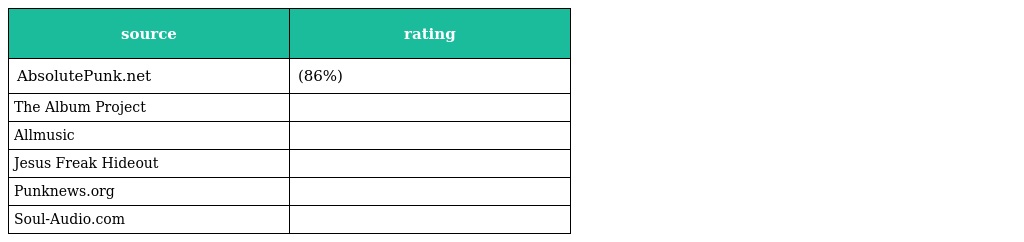
| source | rating |
 | --- | --- |
 | AbsolutePunk.net | (86%) |
 | The Album Project |  |
 | Allmusic |  |
 | Jesus Freak Hideout |  |
 | Punknews.org |  |
 | Soul-Audio.com |  |